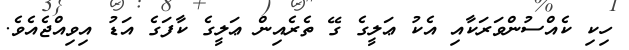
ހިކި ކެއްސުންވަރަކާއި އެކު ޢަލީގެ ގޭ ތެރެއިން ޢަލީގެ ކާފަގެ އަޑު އިވިއްޖެއެވެ.